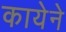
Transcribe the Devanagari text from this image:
कायेने